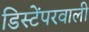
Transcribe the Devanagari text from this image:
डिस्टेंपरवाली